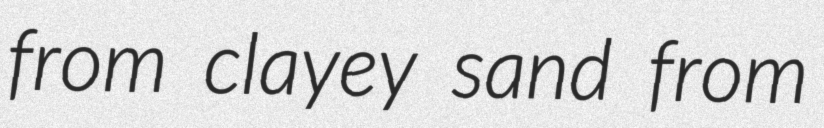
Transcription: from clayey sand from